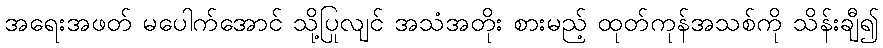
အရေးအဖတ် မပေါက်အောင် သို့ပြုလျင် အသံအတိုး စားမည့် ထုတ်ကုန်အသစ်ကို သိန်းချီ၍